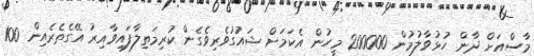
މާސްއަށް ދާން ހުޅުވާލުމުން 200000 މީހުން އެކަމަށް ޝައުގުވެރިވެގެން ކުރިމަތިލާފައިވާއިިރު އޭގެތެރެއިން 100